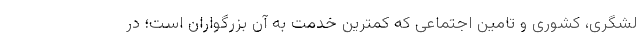
لشگری، کشوری و تامین اجتماعی که کمترین خدمت به آن بزرگواران است؛ در